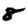
Digit: 8